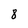
Character: 8